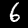
Digit: 6